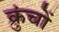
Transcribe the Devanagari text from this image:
क्रुंचों